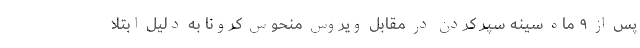
پس از ۹ ماه سینه سپر کردن در مقابل ویروس منحوس کرونا به دلیل ابتلا